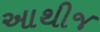
આથીજ